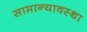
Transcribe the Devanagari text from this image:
सामान्यावस्था